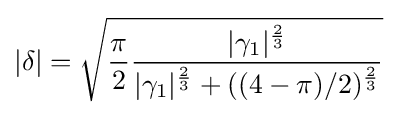
|\delta |={\sqrt {{\frac {\pi }{2}}{\frac {|\gamma _{1}|^{\frac {2}{3}}}{|\gamma _{1}|^{\frac {2}{3}}+((4-\pi )/2)^{\frac {2}{3}}}}}}